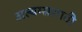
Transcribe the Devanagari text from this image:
अल्बम्ससाठी